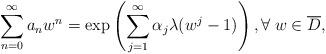
LaTeX: \begin{align*} \sum_{n=0}^\infty a_n w^n = \exp \left( \sum_{j=1}^\infty \alpha_j \lambda (w^j -1) \right) , \forall\; w\in \overline{D},\end{align*}